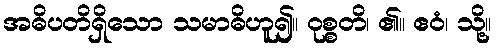
အဓိပတိရှိသော သမာဓိဟူ၍။ ဝုစ္စတိ၊ ၏။ ဧဝံ၊ သို့။